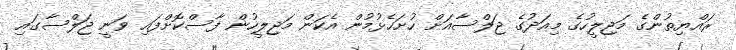
ރައްޔިތުންގެ މަޖިލީހުގެ މިއަދުގެ ޖަލްސާއަށް ހުށަހެޅުމުން އެކަން މަޖިލީހުން ފާސްކޮށްފައި ވަނީ ޖަލްސާގައި